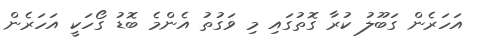
އަހަރެން ގަބޫލު ކުރާ ގޮތުގައި މި ވަގުތު އެންމެ ބޮޑު ގޯހަކީ އަހަރެން